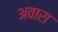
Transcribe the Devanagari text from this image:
अवारा